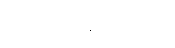
တဏှာသမ္မုဒိတဿ